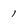
Character: 1